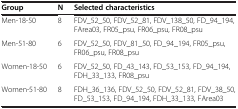
<table><thead><tr><td><b>Group</b></td><td><b>N</b></td><td><b>Selected characteristics</b></td></tr></thead><tbody><tr><td>Men-18-50</td><td>8</td><td>FDV_52_50, FDV_52_81, FDV_138_50, FD_94_194, FArea03, FR05_psu, FR06_psu, FR08_psu</td></tr><tr><td>Men-51-80</td><td>6</td><td>FDV_52_50, FDV_81_50, FD_94_194, FR05_psu, FR06_psu, FR08_psu</td></tr><tr><td>Women-18-50</td><td>6</td><td>FDV_52_50, FD_43_143, FD_53_153, FD_94_194, FDH_33_133, FR08_psu</td></tr><tr><td>Women-51-80</td><td>8</td><td>FDH_36_136, FDV_52_50, FDV_52_81, FDV_38_50, FD_53_153, FD_94_194, FDH_33_133, FArea03</td></tr></tbody></table>